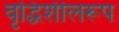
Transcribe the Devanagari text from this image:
वृद्धिशीलरूप